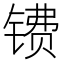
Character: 镄